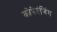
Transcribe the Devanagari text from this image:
कोपेरुंजिंग